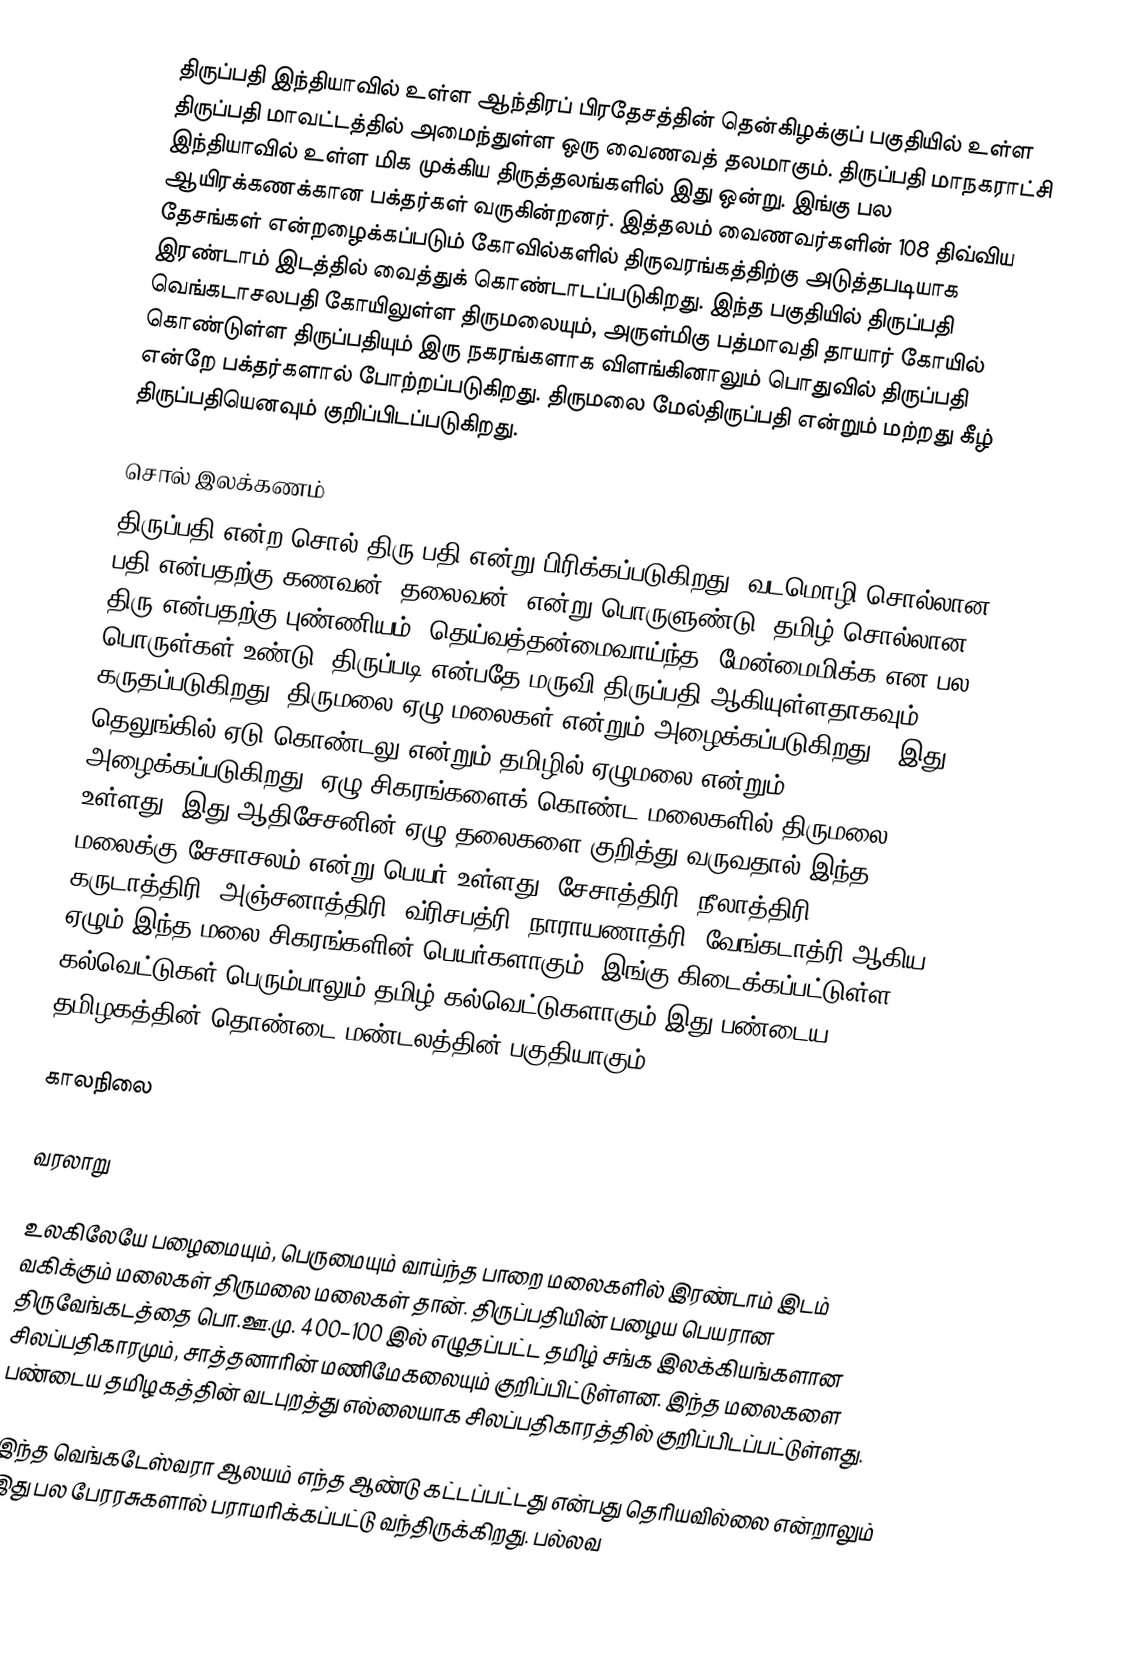
திருப்பதி இந்தியாவில் உள்ள ஆந்திரப் பிரதேசத்தின் தென்கிழக்குப் பகுதியில் உள்ள திருப்பதி மாவட்டத்தில் அமைந்துள்ள ஒரு வைணவத் தலமாகும். திருப்பதி மாநகராட்சி இந்தியாவில் உள்ள மிக முக்கிய திருத்தலங்களில் இது ஒன்று. இங்கு பல ஆயிரக்கணக்கான பக்தர்கள் வருகின்றனர். இத்தலம் வைணவர்களின் 108 திவ்விய தேசங்கள் என்றழைக்கப்படும் கோவில்களில் திருவரங்கத்திற்கு அடுத்தபடியாக இரண்டாம் இடத்தில் வைத்துக் கொண்டாடப்படுகிறது. இந்த பகுதியில் திருப்பதி வெங்கடாசலபதி கோயிலுள்ள திருமலையும், அருள்மிகு பத்மாவதி தாயார் கோயில் கொண்டுள்ள திருப்பதியும் இரு நகரங்களாக விளங்கினாலும் பொதுவில் திருப்பதி என்றே பக்தர்களால் போற்றப்படுகிறது. திருமலை மேல்திருப்பதி என்றும் மற்றது கீழ் திருப்பதியெனவும் குறிப்பிடப்படுகிறது.

சொல் இலக்கணம்
திருப்பதி என்ற சொல் திரு+பதி என்று பிரிக்கப்படுகிறது. வடமொழி சொல்லான பதி என்பதற்கு கணவன் (தலைவன்) என்று பொருளுண்டு, தமிழ் சொல்லான திரு என்பதற்கு புண்ணியம், தெய்வத்தன்மைவாய்ந்த, மேன்மைமிக்க என பல பொருள்கள் உண்டு. திருப்படி என்பதே மருவி திருப்பதி ஆகியுள்ளதாகவும் கருதப்படுகிறது. திருமலை ஏழு மலைகள் என்றும் அழைக்கப்படுகிறது. (இது தெலுங்கில் ஏடு-கொண்டலு என்றும் தமிழில் ஏழுமலை என்றும் அழைக்கப்படுகிறது. ஏழு சிகரங்களைக் கொண்ட மலைகளில் திருமலை உள்ளது. இது ஆதிசேசனின் ஏழு தலைகளை குறித்து வருவதால் இந்த மலைக்கு சேசாசலம் என்று பெயர் உள்ளது. சேசாத்திரி, நீலாத்திரி, கருடாத்திரி, அஞ்சனாத்திரி, வ்ரிசபத்ரி, நாராயணாத்ரி, வேங்கடாத்ரி ஆகிய ஏழும் இந்த மலை சிகரங்களின் பெயர்களாகும். இங்கு கிடைக்கப்பட்டுள்ள கல்வெட்டுகள் பெரும்பாலும் தமிழ் கல்வெட்டுகளாகும் இது பண்டைய தமிழகத்தின் தொண்டை மண்டலத்தின் பகுதியாகும்

காலநிலை

வரலாறு

உலகிலேயே பழைமையும், பெருமையும் வாய்ந்த பாறை மலைகளில் இரண்டாம் இடம் வகிக்கும் மலைகள் திருமலை மலைகள் தான். திருப்பதியின் பழைய பெயரான திருவேங்கடத்தை பொ.ஊ.மு. 400–100 இல் எழுதப்பட்ட தமிழ் சங்க இலக்கியங்களான சிலப்பதிகாரமும், சாத்தனாரின் மணிமேகலையும் குறிப்பிட்டுள்ளன. இந்த மலைகளை பண்டைய தமிழகத்தின் வடபுறத்து எல்லையாக சிலப்பதிகாரத்தில் குறிப்பிடப்பட்டுள்ளது.

இந்த வெங்கடேஸ்வரா ஆலயம் எந்த ஆண்டு கட்டப்பட்டது என்பது தெரியவில்லை என்றாலும் இது பல பேரரசுகளால் பராமரிக்கப்பட்டு வந்திருக்கிறது. பல்லவ